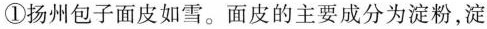
①扬州包子面皮如雪。面皮的主要成分为淀粉，淀